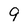
Character: 9